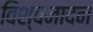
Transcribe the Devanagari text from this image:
विश्वनादन